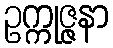
ဥက္ကုဇ္ဇနာ